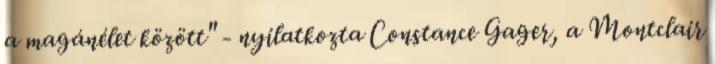
a magánélet között" - nyilatkozta Constance Gager, a Montclair